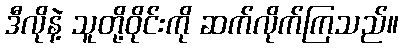
ဒီလိုနဲ့ သူတို့ဝိုင်းကို ဆက်လိုက်ကြသည်။